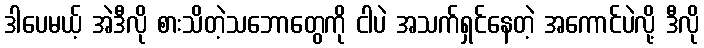
ဒါပေမယ့် အဲဒီလို စားသိတဲ့သဘောတွေကို ငါပဲ အသက်ရှင်နေတဲ့ အကောင်ပဲလို့ ဒီလို